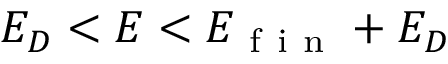
E _ { D } < E < E _ { \mathrm { ~ f ~ i ~ n ~ } } + E _ { D }